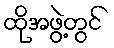
ထိုအဖွဲ့တွင်